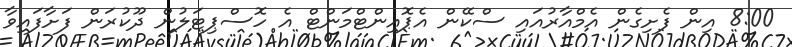
8:00 އިން ފެށިގެން އެމްއާރުއައި ސްކޭން އެޕޮއިންޓްމަންޓް އެ ހޮސްޕިޓަލުން ދޫކުރަން ފަށާފައިވާ